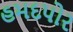
હમદપોર